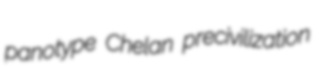
panotype Chelan precivilization